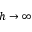
h \to \infty